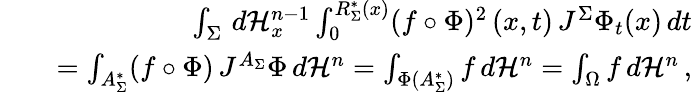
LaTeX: \begin{array}{rlr}&{}&{\int_{\Sigma}\, d\mathcal{H}_{x}^{n-1}\int_{0}^{R_{\Sigma}^{*}(x)}(f\circ\Phi)^{2}\, (x,t)\, J^{\Sigma}\Phi_{t}(x)\, dt}\\ &{}&{=\int_{A_{\Sigma}^{*}}(f\circ\Phi)\, J^{A_{\Sigma}}\Phi\, d\mathcal{H}^{n}=\int_{\Phi(A_{\Sigma}^{*})}f\, d\mathcal{H}^{n}=\int_{\Omega}f\, d\mathcal{H}^{n}\, ,}\end{array}